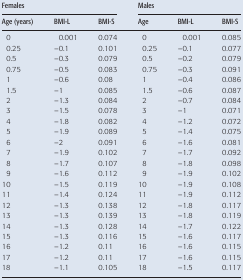
<table><thead><tr><td colspan="3"><b>Females</b></td><td colspan="3"><b>Males</b></td></tr><tr><td><b>Age (years)</b></td><td><b>BMI-L</b></td><td><b>BMI-S</b></td><td><b>Age</b></td><td><b>BMI-L</b></td><td><b>BMI-S</b></td></tr></thead><tbody><tr><td>0</td><td>0.001</td><td>0.074</td><td>0</td><td>0.001</td><td>0.085</td></tr><tr><td>0.25</td><td>−0.1</td><td>0.101</td><td>0.25</td><td>−0.1</td><td>0.077</td></tr><tr><td>0.5</td><td>−0.3</td><td>0.079</td><td>0.5</td><td>−0.2</td><td>0.079</td></tr><tr><td>0.75</td><td>−0.5</td><td>0.083</td><td>0.75</td><td>−0.3</td><td>0.091</td></tr><tr><td>1</td><td>−0.6</td><td>0.08</td><td>1</td><td>−0.4</td><td>0.086</td></tr><tr><td>1.5</td><td>−1</td><td>0.085</td><td>1.5</td><td>−0.6</td><td>0.087</td></tr><tr><td>2</td><td>−1.3</td><td>0.084</td><td>2</td><td>−0.7</td><td>0.084</td></tr><tr><td>3</td><td>−1.5</td><td>0.078</td><td>3</td><td>−1</td><td>0.071</td></tr><tr><td>4</td><td>−1.8</td><td>0.082</td><td>4</td><td>−1.2</td><td>0.072</td></tr><tr><td>5</td><td>−1.9</td><td>0.089</td><td>5</td><td>−1.4</td><td>0.075</td></tr><tr><td>6</td><td>−2</td><td>0.091</td><td>6</td><td>−1.6</td><td>0.081</td></tr><tr><td>7</td><td>−1.9</td><td>0.102</td><td>7</td><td>−1.7</td><td>0.092</td></tr><tr><td>8</td><td>−1.7</td><td>0.107</td><td>8</td><td>−1.8</td><td>0.098</td></tr><tr><td>9</td><td>−1.6</td><td>0.112</td><td>9</td><td>−1.9</td><td>0.102</td></tr><tr><td>10</td><td>−1.5</td><td>0.119</td><td>10</td><td>−1.9</td><td>0.108</td></tr><tr><td>11</td><td>−1.4</td><td>0.124</td><td>11</td><td>−1.9</td><td>0.112</td></tr><tr><td>12</td><td>−1.3</td><td>0.138</td><td>12</td><td>−1.8</td><td>0.117</td></tr><tr><td>13</td><td>−1.3</td><td>0.139</td><td>13</td><td>−1.8</td><td>0.119</td></tr><tr><td>14</td><td>−1.3</td><td>0.128</td><td>14</td><td>−1.7</td><td>0.122</td></tr><tr><td>15</td><td>−1.3</td><td>0.116</td><td>15</td><td>−1.6</td><td>0.117</td></tr><tr><td>16</td><td>−1.2</td><td>0.11</td><td>16</td><td>−1.6</td><td>0.115</td></tr><tr><td>17</td><td>−1.2</td><td>0.11</td><td>17</td><td>−1.6</td><td>0.115</td></tr><tr><td>18</td><td>−1.1</td><td>0.105</td><td>18</td><td>−1.5</td><td>0.117</td></tr></tbody></table>